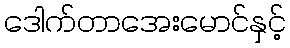
ဒေါက်တာအေးမောင်နှင့်